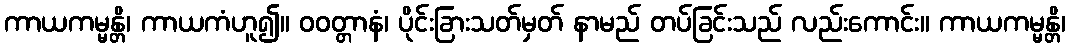
ကာယကမ္မန္တိ၊ ကာယကံဟူ၍။ ဝဝတ္တာနံ၊ ပိုင်းခြားသတ်မှတ် နာမည် တပ်ခြင်းသည် လည်းကောင်း။ ကာယကမ္မန္တိ၊